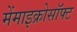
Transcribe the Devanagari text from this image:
मेंमाइक्रोसॉफ्ट